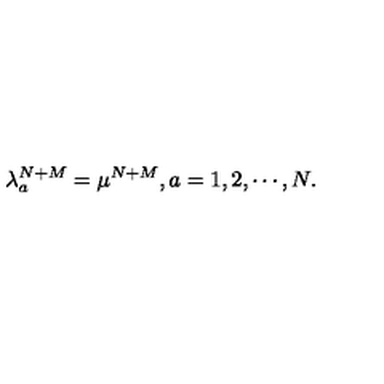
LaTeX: \lambda _ { a } ^ { N + M } = \mu ^ { N + M } , a = 1 , 2 , \cdots , N .